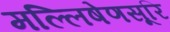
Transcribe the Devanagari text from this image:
मल्लिषेणसूरि